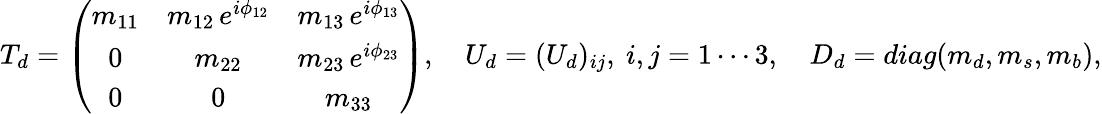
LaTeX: T_{d}=\left(\begin{array}{ccc}{{m_{11}}}&{{m_{12}\, e^{i\phi_{12}}}}&{{m_{13}\, e^{i\phi_{13}}}}\\ {{0}}&{{m_{22}}}&{{m_{23}\, e^{i\phi_{23}}}}\\ {{0}}&{{0}}&{{m_{33}}}\end{array}\right),\quad U_{d}=(U_{d})_{ij},\ i,j=1\cdots 3,\quad D_{d}=diag(m_{d},m_{s},m_{b}),